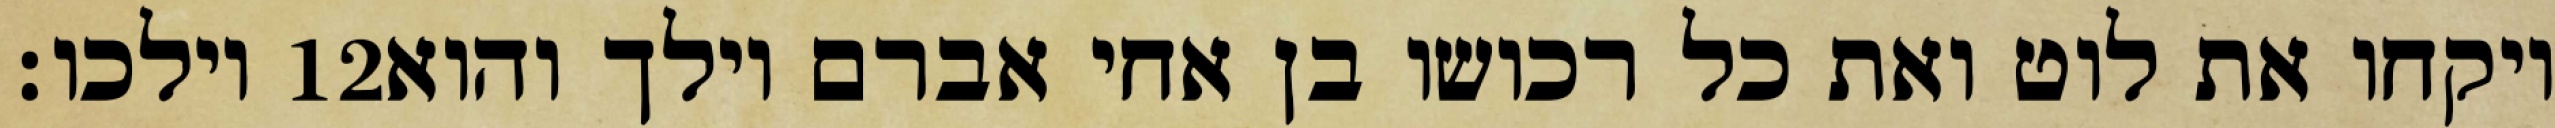
וילכו׃ ‎12‏ ויקחו את לוט ואת כל רכושו בן אחי אברם וילך והוא